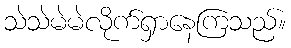
သဲသဲမဲမဲလိုက်ရှာနေကြသည်။